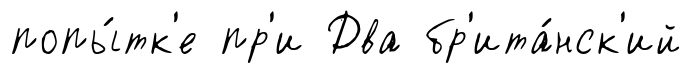
попы́тк'е пр'и Два бр'ита́нск'ий